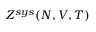
Z ^ { s y s } ( N , V , T )